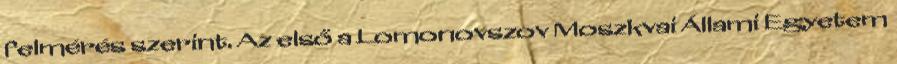
felmérés szerint. Az első a Lomonovszov Moszkvai Állami Egyetem